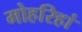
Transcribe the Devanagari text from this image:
मोहरिहां